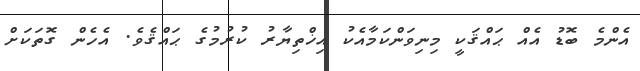
އެންމެ ބޮޑު އެއް ޙައްޤަކީ މިނިވަންކަމާއެކު އިޚްތިޔާރު ކުރުމުގެ ޙައްޤެވެ. އެހެން ގޮތަކަށް